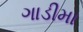
ગાડીમા